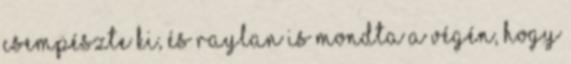
csempészte ki, és Raylan is mondta a végén, hogy